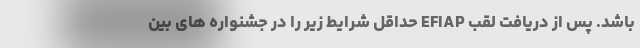
باشد. پس از دریافت لقب EFIAP حداقل شرایط زیر را در جشنواره های بین